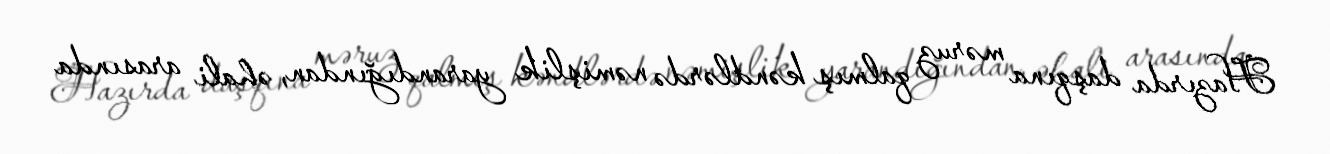
Hazırda daşqına məruz qalmış kəndlərdə nəmişlik yarandığından, əhali arasında